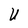
Character: U